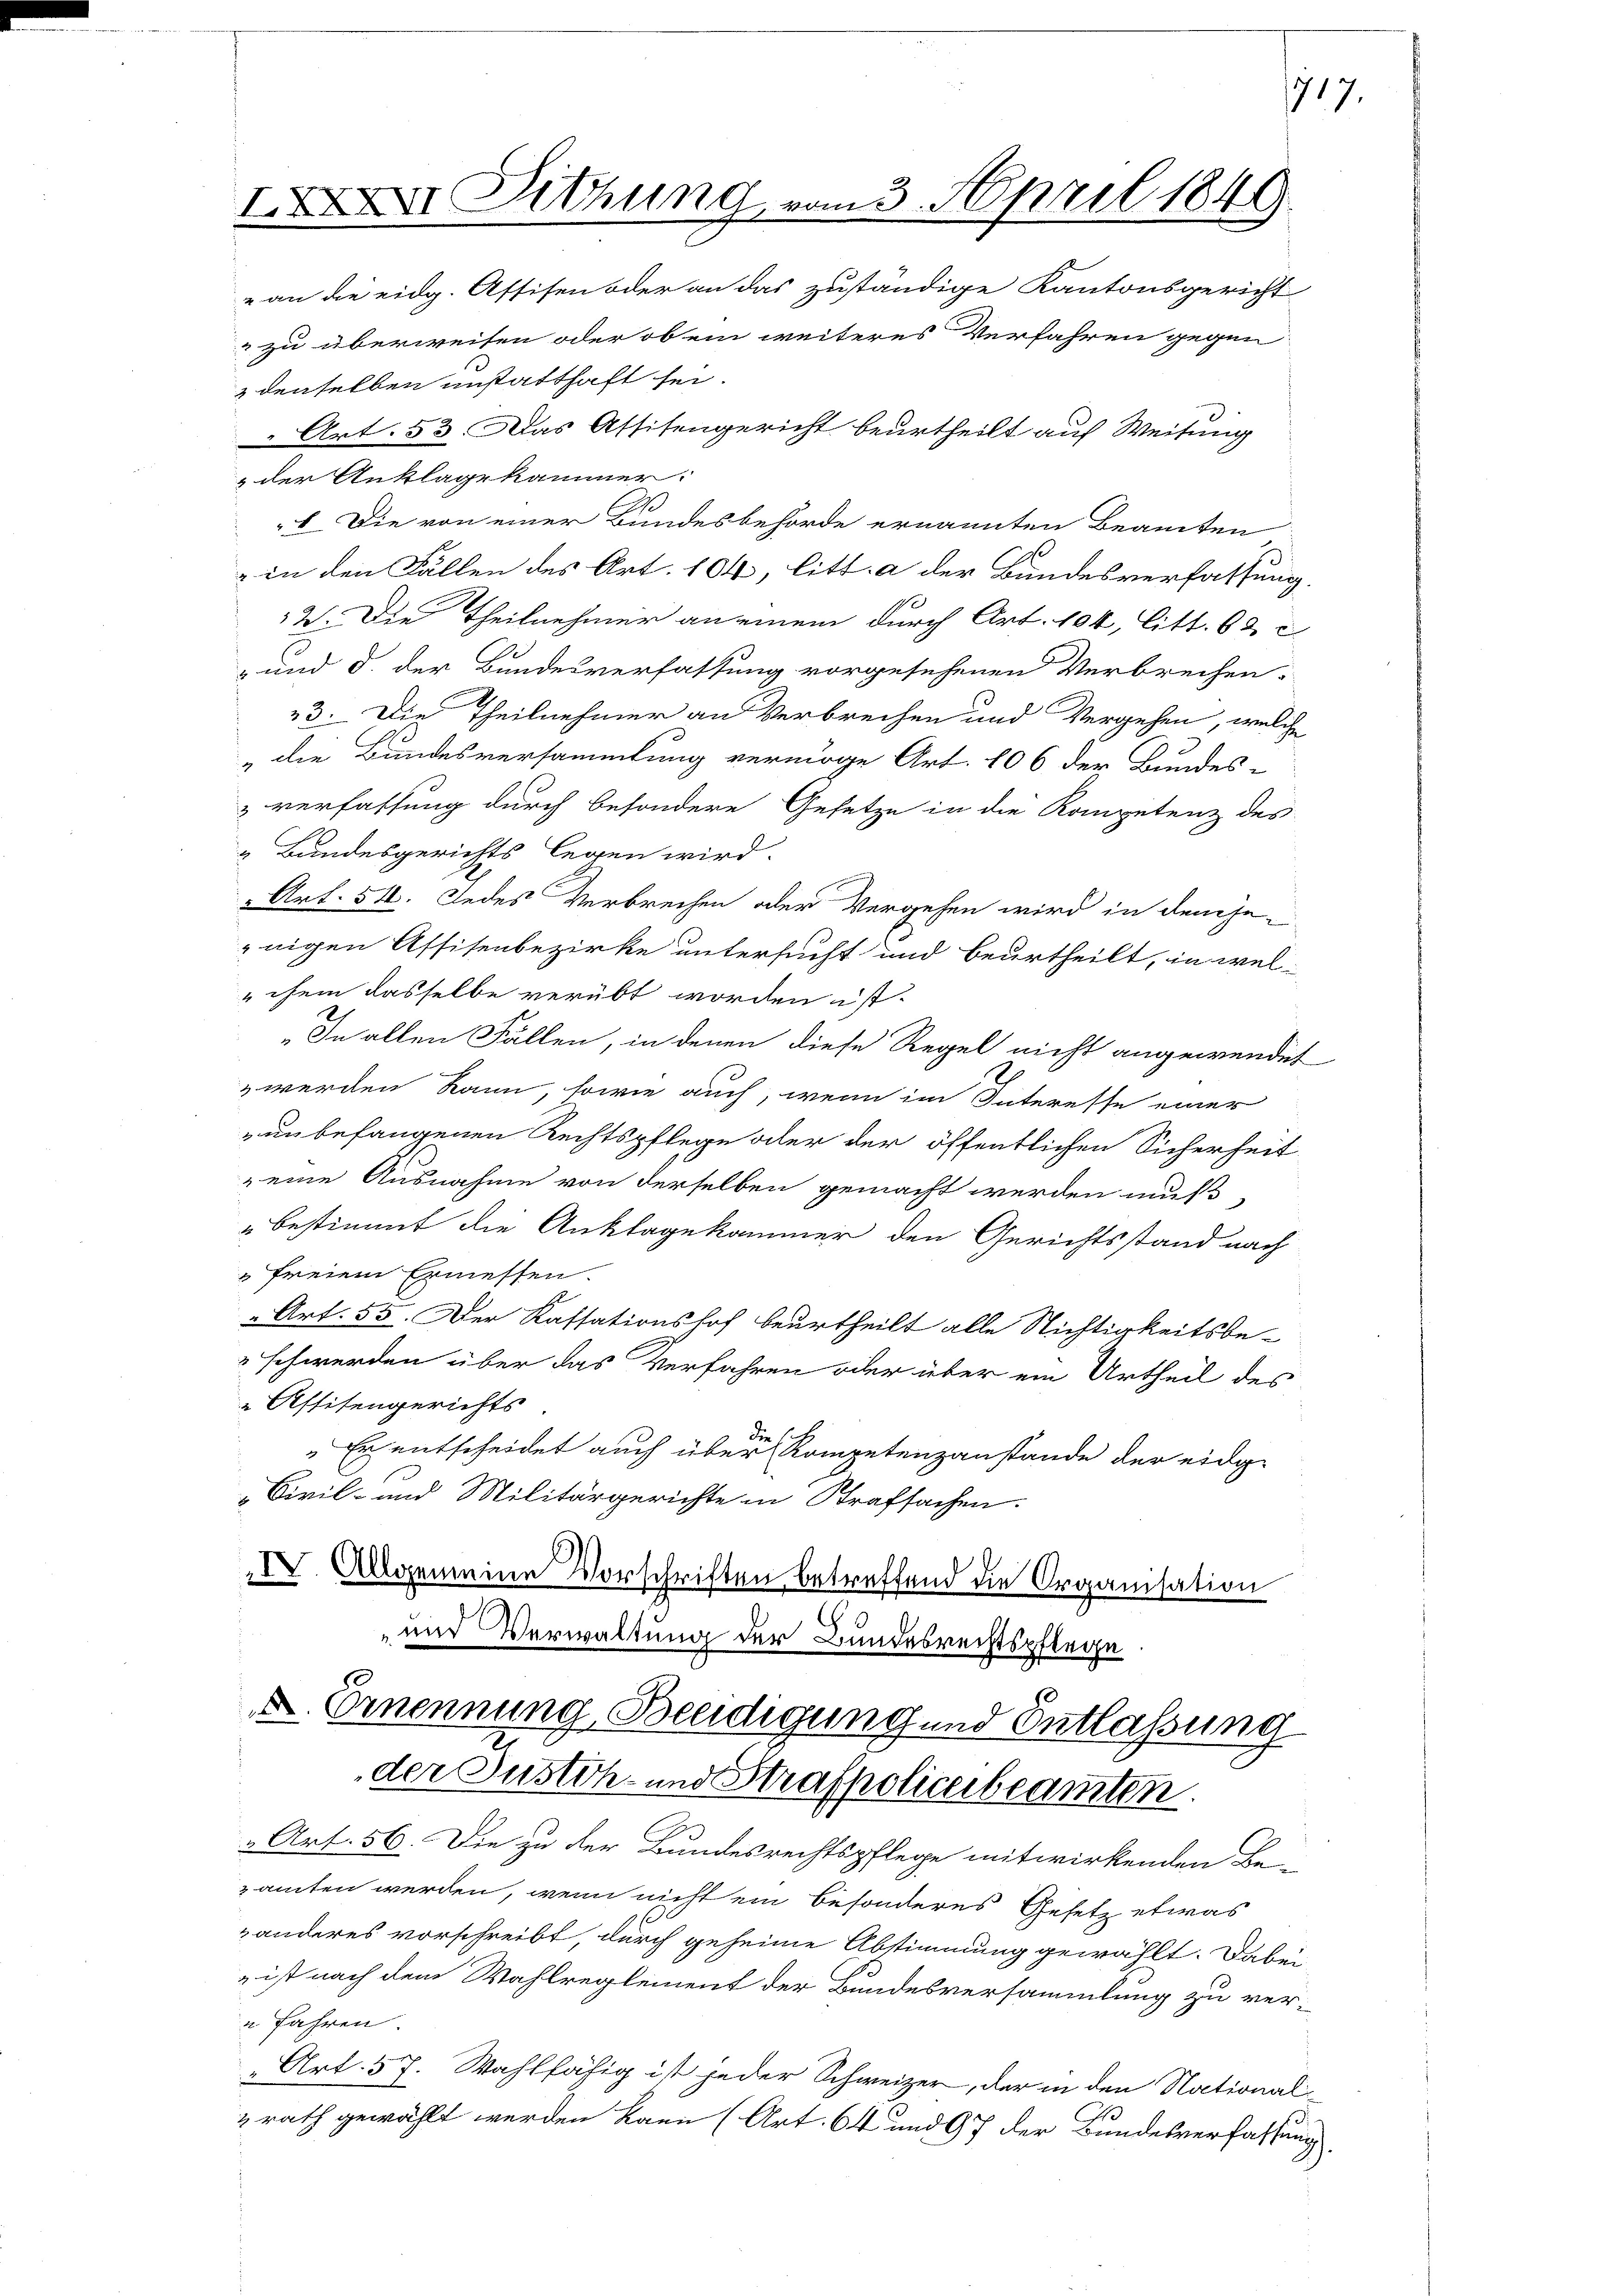
Sitzung vom 3. April 1849.
„an die eidg. Assisen oder an das zuständige Kantonsgericht
" zu überweisen oder ob ein weiteres Verfahren gegen

& denselben unstatthaft sei.
Art. 53. Das Assisengericht beurtheilt auf Weitung
& der Anklage kammer:
6. Die von einer Bundesbehörde ernannten Beamten
 in den Fällen des Art. 104, litt. a der Bundesverfassung.
2. Die Theilnehmer an einem durch Art. 104, litt. 62 c
 und §. der Bundesverfassung vorgesehenen Verbrechen-
23. Die Theilnehmer an Verbrechen und Vergehen, welche
die Bundesversammlung vermöge Art. 106 der Bundes-
& verfassung durch besondere Gesetze in die Kompetenz des
& Bundesgerichts legen wird.
n
" Art. 512. Jedes Verbrechen oder Vergehen wird in denjenigen Assisenbezirke untersucht und beurtheilt, in wel-
"chem dasselbe verübt worden ist.
„In allen Fällen, in denen diese Regel nicht angewendet
& werden kann, sowie auch, wenn im Interesse einer
un befangenen Rechtspflege aber der öffentlichen Sicherheit
eine Ausnahme von derselben gemacht werden muß,
bestimmt die Anklagekammer den Gerichtsstand nach
freiem Ermessen.
" Art. 55. Der Kassationshof beurtheilt alle Nichtigkeitsbe-
 schwerden über das Verfahren oder über ein Urtheil des
Astitengerichts
Die
Er entscheidet auch über Kompetenzanstände der eidg-
„Civil- und Militärgerichte in Strafsachen.
IV. Allgemeine Vorschriften betreffend die Organisation
" und Verwaltung der Bundesrechtspflege

D. Ernennung, Beeidigung und Entlassung
der Justich- und Strafpoliceibeamten.

Art. 56. Die zu der Bundesrechtspflege mitwirkenden Be-
zamten werden, wenn nicht ein besonderes Gesetz etwas
anderes vorschreibt, durch geheime Abstimmung gewählt. Dabei
 ist nach dem Wahlreglement der Bundesversammlung zu ver¬
u fahren.
„Art. 57. Wahlfähig ist jeder Schweizer, der in den Nationalzrath gewählt werden kann (Art. 64 und 97 der Bundesverfassung

717.